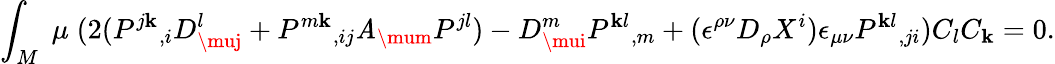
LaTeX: \int_{M}\; \mu\; (2(P^{j\mathbf{k}}{}_{,i}D_{\muj}^{l}+P^{m\mathbf{k}}{}_{,ij}\mathit{A}_{\mum}P^{jl})-D_{\mui}^{m}P^{\mathbf{k}l}{}_{,m}+(\epsilon^{\rho\nu}D_{\rho}X^{i})\epsilon_{\mu\nu}P^{\mathbf{k}l}{}_{,ji})C_{l}C_{\mathbf{k}}=0.